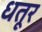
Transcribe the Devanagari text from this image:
धतूर